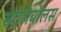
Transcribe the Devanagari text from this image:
स्पोरोबोलस